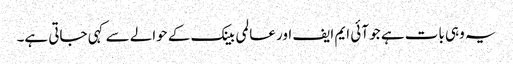
یہ وہی بات ہے جو آئی ایم ایف اور عالمی بینک کے حوالے سے کہی جاتی ہے۔